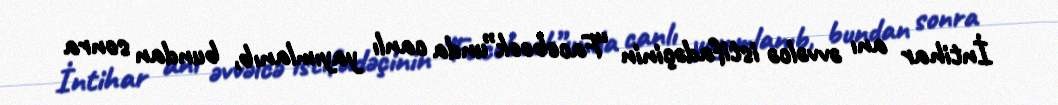
İntihar anı əvvəlcə istifadəçinin “Facebook”unda canlı yayımlanıb, bundan sonra